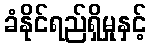
ခံနိုင်ရည်ရှိမှုနှင့်